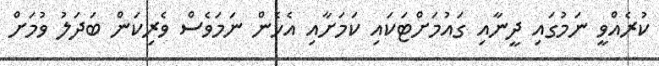
ކުރެއްވީ ނަމުގައި ދީނާއި ގައުމަށްޓަކައި ކަމަށާއި އެހެން ނަމަވެސް ވެރިކަން ބަދަލު ވުމަށް